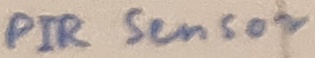
Text: PIR Sensor